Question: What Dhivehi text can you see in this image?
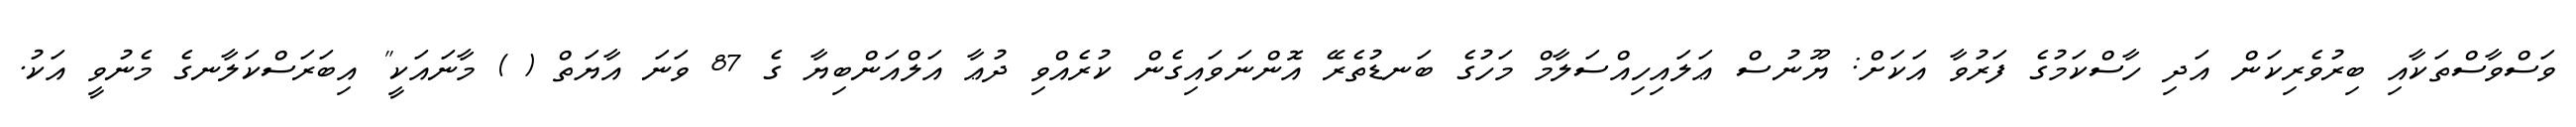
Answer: ވަސްވާސްތަކާއި ބިރުވެރިކަން އަދި ހާސްކަމުގެ ފަރުވާ އަކަށް: ޔޫނުސް ޢަލައިހިއްސަލާމް މަހުގެ ބަނޑުތެރޭ އޮންނަވައިގެން ކުރެއްވި ދުޢާ އަލްއަންބިޔާ ގެ 87 ވަނަ އާޔަތް ( ) މާނައަކީ" އިބަރަސްކަލާނގެ މެނުވީ އަކު.